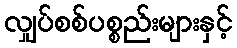
လျှပ်စစ်ပစ္စည်းများနှင့်